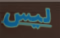
ليس